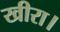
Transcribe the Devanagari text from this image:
खीरा।